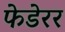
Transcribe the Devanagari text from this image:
फेडेरर